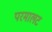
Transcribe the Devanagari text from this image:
परमालट